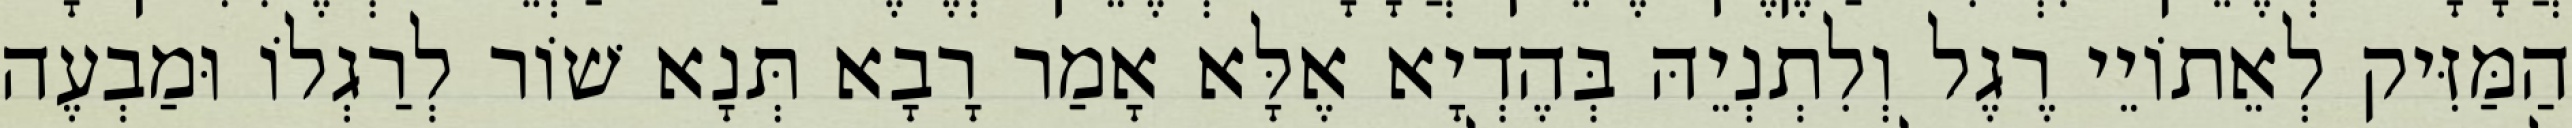
הַמַּזִּיק לְאֵתוֹיֵי רֶגֶל וְלִתְנְיֵהּ בְּהֶדְיָא אֶלָּא אָמַר רָבָא תְּנָא שׁוֹר לְרַגְלוֹ וּמַבְעֶה